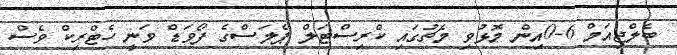
ބެލްޖިއަމް 6-0އިން މޮޅުވި މެޗުގައި ކްރިސްޓަލް ޕެލަސްގެ ފޯވަޑް ވަނީ ހެޓްރިކް ވެސް